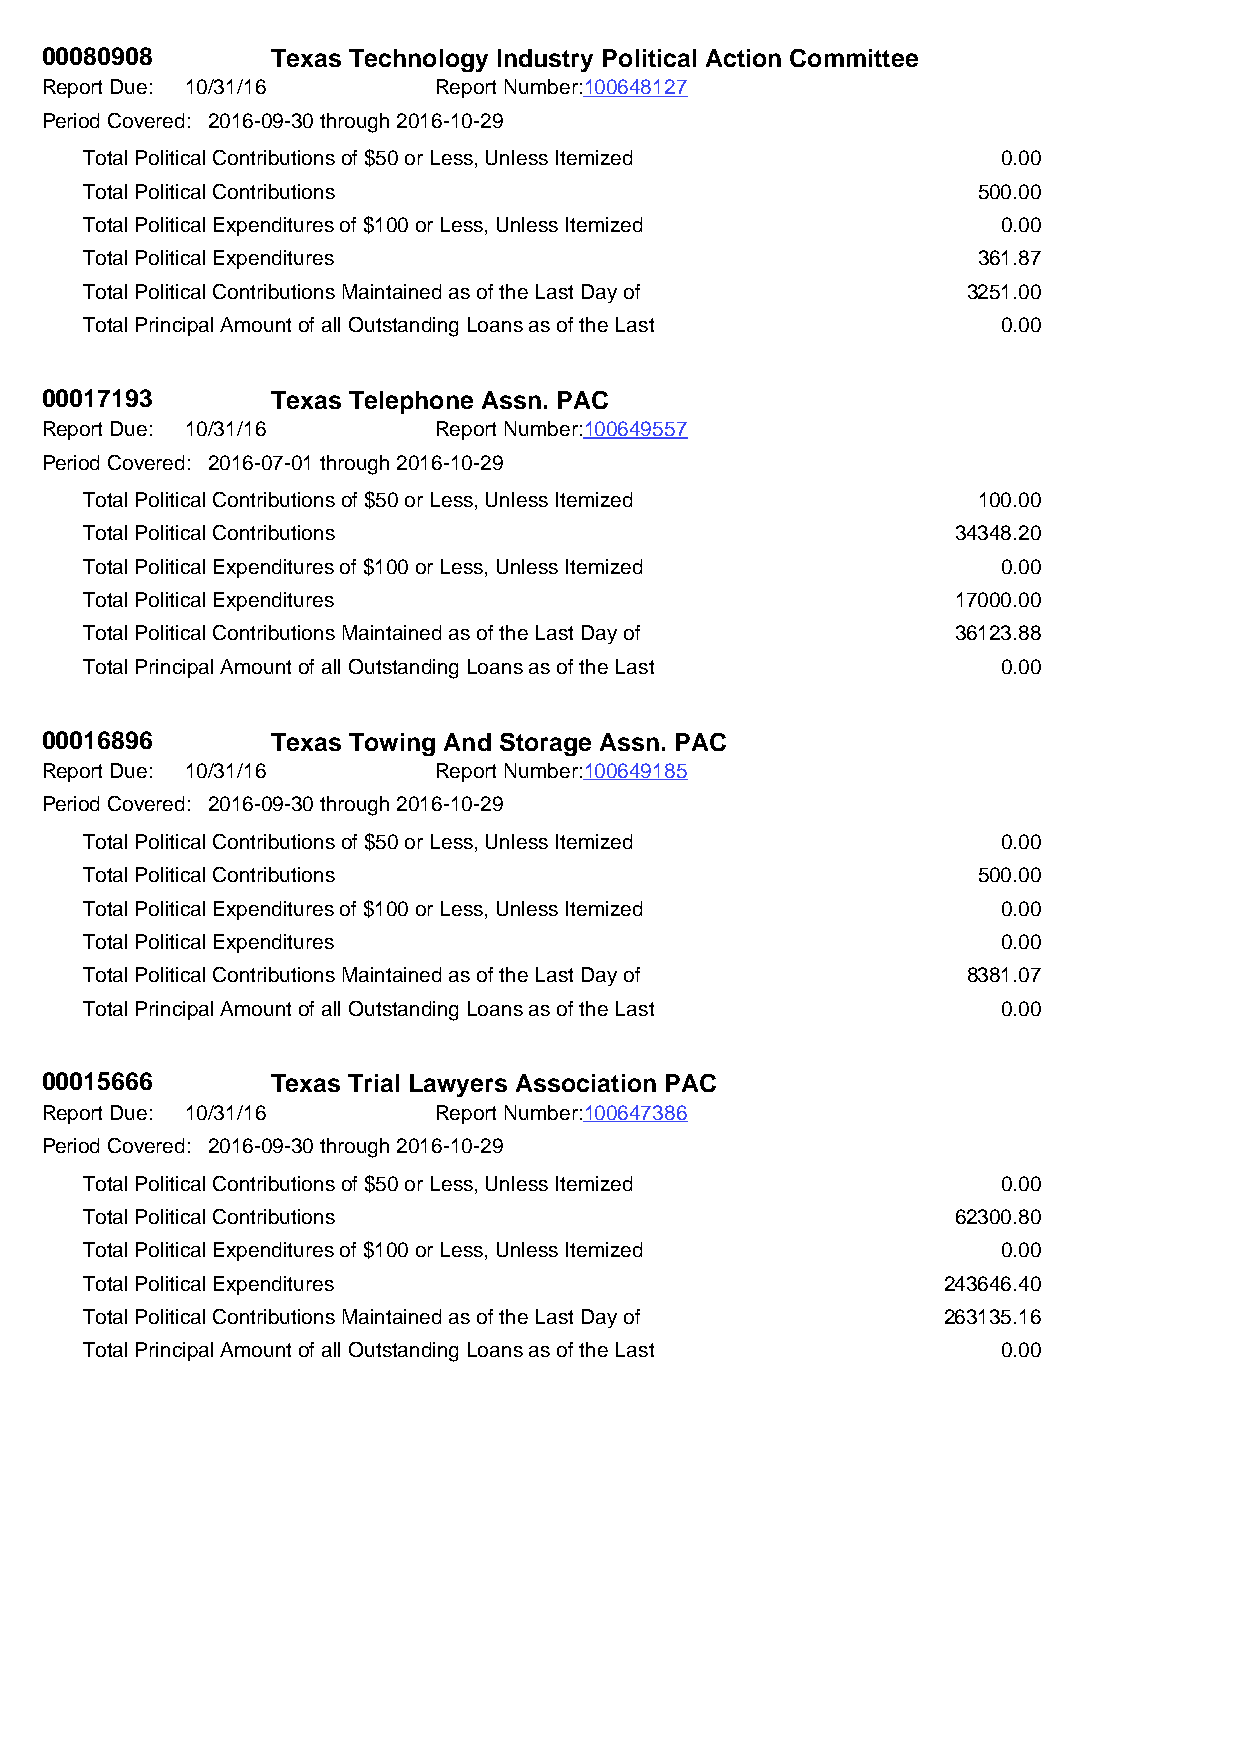
00080908       Texas Technology Industry Political Action Committee
 Report Due: 10/31/16      Report Number:100648127
 Period Covered: 2016-09-30 through 2016-10-29
 Total Political Contributions of $50 or Less, Unless Itemized 0.00
 Total Political Contributions                              500.00
 Total Political Expenditures of $100 or Less, Unless Itemized 0.00
 Total Political Expenditures                               361.87
 Total Political Contributions Maintained as of the Last Day of 3251.00
 Total Principal Amount of all Outstanding Loans as of the Last 0.00
 00017193       Texas Telephone Assn. PAC
 Report Due: 10/31/16      Report Number:100649557
 Period Covered: 2016-07-01 through 2016-10-29
 Total Political Contributions of $50 or Less, Unless Itemized 100.00
 Total Political Contributions                            34348.20
 Total Political Expenditures of $100 or Less, Unless Itemized 0.00
 Total Political Expenditures                             17000.00
 Total Political Contributions Maintained as of the Last Day of 36123.88
 Total Principal Amount of all Outstanding Loans as of the Last 0.00
 00016896       Texas Towing And Storage Assn. PAC
 Report Due: 10/31/16      Report Number:100649185
 Period Covered: 2016-09-30 through 2016-10-29
 Total Political Contributions of $50 or Less, Unless Itemized 0.00
 Total Political Contributions                              500.00
 Total Political Expenditures of $100 or Less, Unless Itemized 0.00
 Total Political Expenditures                                0.00
 Total Political Contributions Maintained as of the Last Day of 8381.07
 Total Principal Amount of all Outstanding Loans as of the Last 0.00
 00015666       Texas Trial Lawyers Association PAC
 Report Due: 10/31/16      Report Number:100647386
 Period Covered: 2016-09-30 through 2016-10-29
 Total Political Contributions of $50 or Less, Unless Itemized 0.00
 Total Political Contributions                            62300.80
 Total Political Expenditures of $100 or Less, Unless Itemized 0.00
 Total Political Expenditures                            243646.40
 Total Political Contributions Maintained as of the Last Day of 263135.16
 Total Principal Amount of all Outstanding Loans as of the Last 0.00